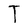
Character: T